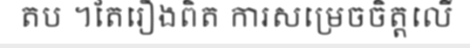
តប ។តែរឿងពិត ការសម្រេចចិត្តលើ